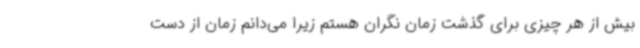
بیش از هر چیزی برای گذشت زمان نگران هستم زیرا می‌دانم زمان از دست